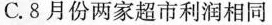
C.8月份两家超市利润相同